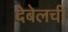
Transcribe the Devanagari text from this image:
देबेलची